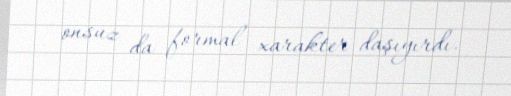
onsuz da formal xarakter daşıyırdı.